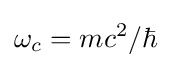
\omega _{c}=mc^{2}/\hbar